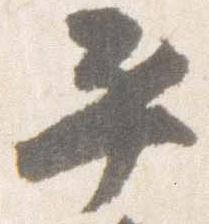
平